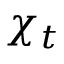
\chi _ { t }